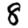
Digit: 8